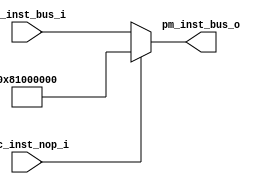
module nop_mux(
input wire pfc_inst_nop_i,
input wire [31:0] pm_inst_bus_i,
output wire [31:0] pm_inst_bus_o
);


assign pm_inst_bus_o=(!pfc_inst_nop_i)?pm_inst_bus_i:32'b10000001000000000000000000000000;
endmodule